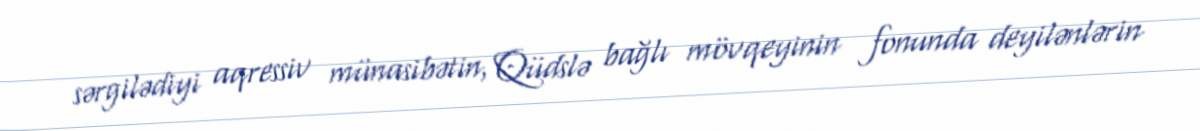
sərgilədiyi aqressiv münasibətin, Qüdslə bağlı mövqeyinin fonunda deyilənlərin